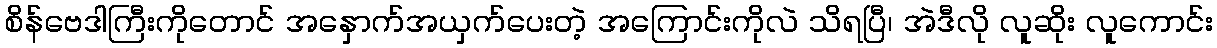
စိန်ဗေဒါကြီးကိုတောင် အနှောက်အယှက်ပေးတဲ့ အကြောင်းကိုလဲ သိရပြီ၊ အဲဒီလို လူဆိုး လူကောင်း